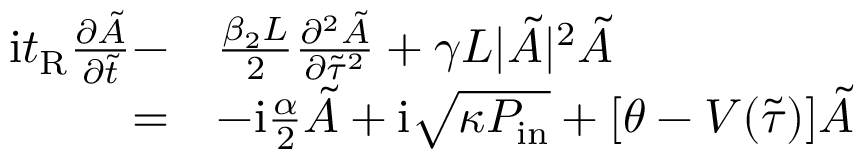
\begin{array} { r l } { \mathrm { i } t _ { \mathrm { R } } \frac { \partial \tilde { A } } { \partial \tilde { t } } - } & { \frac { \beta _ { 2 } L } { 2 } \frac { \partial ^ { 2 } \tilde { A } } { \partial \tilde { \tau } ^ { 2 } } + \gamma L | \tilde { A } | ^ { 2 } \tilde { A } } \\ { = } & { - \mathrm { i } \frac { \alpha } { 2 } \tilde { A } + \mathrm { i } \sqrt { \kappa P _ { \mathrm { i n } } } + [ \theta - V ( \tilde { \tau } ) ] \tilde { A } } \end{array}